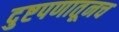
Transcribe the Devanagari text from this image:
दुष्टपणातूनच